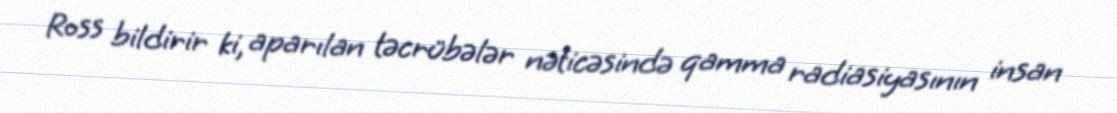
Ross bildirir ki, aparılan təcrübələr nəticəsində qamma radiasiyasının insan